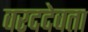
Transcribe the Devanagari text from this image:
वरददेवता